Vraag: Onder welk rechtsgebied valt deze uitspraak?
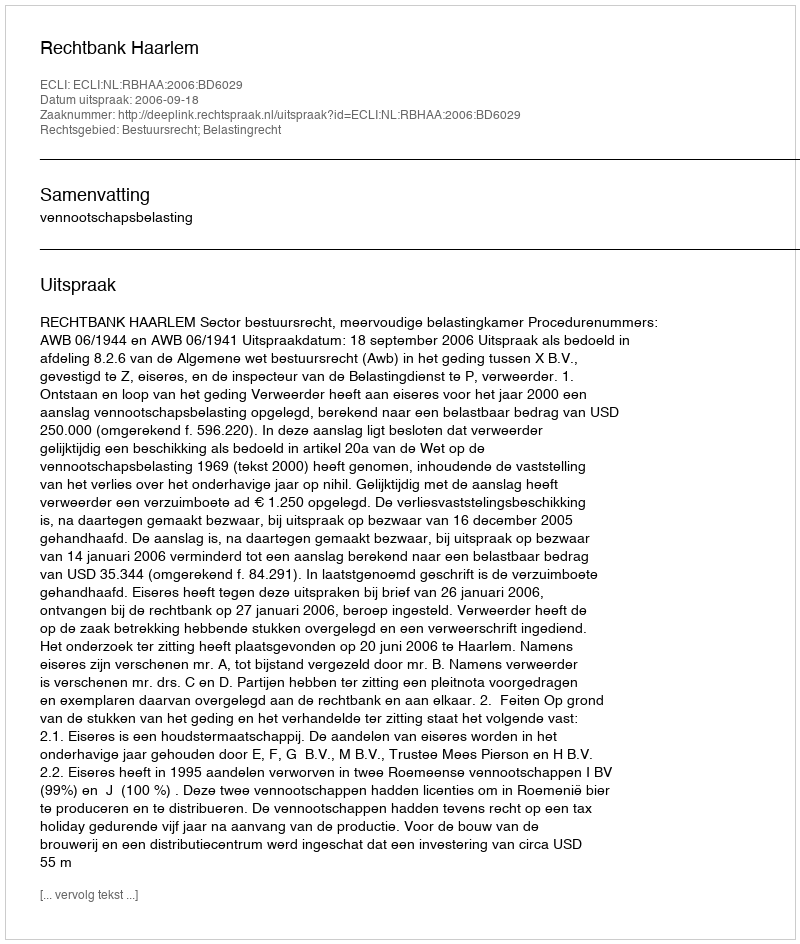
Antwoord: Bestuursrecht; Belastingrecht